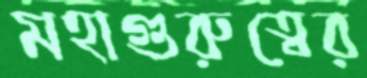
মহাগুরুত্বের